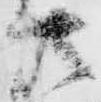
廿